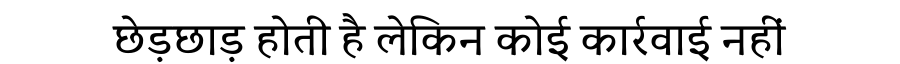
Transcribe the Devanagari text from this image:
छेड़छाड़ होती है लेकिन कोई कार्रवाई नहीं